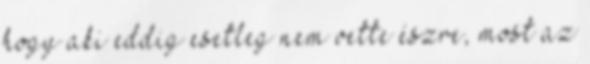
hogy aki eddig esetleg nem vette észre, most az